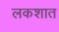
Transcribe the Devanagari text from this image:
लकशात